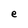
Character: e